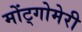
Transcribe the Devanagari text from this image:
मोंट्गोमेरी